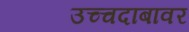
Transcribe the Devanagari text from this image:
उच्चदाबावर